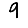
Digit: 9